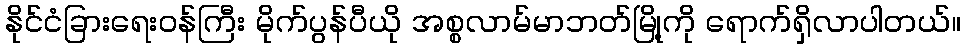
နိုင်ငံခြားရေးဝန်ကြီး မိုက်ပွန်ပီယို အစ္စလာမ်မာဘတ်မြို့ကို ရောက်ရှိလာပါတယ်။